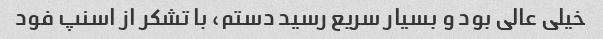
خیلی عالی بود و بسیار سریع رسید دستم، با تشکر از اسنپ فود